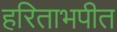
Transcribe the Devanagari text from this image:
हरिताभपीत